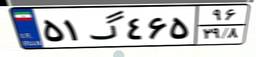
۹۶گ۱۸۷۱۱